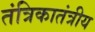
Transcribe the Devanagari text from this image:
तंत्रिकातंत्रीय